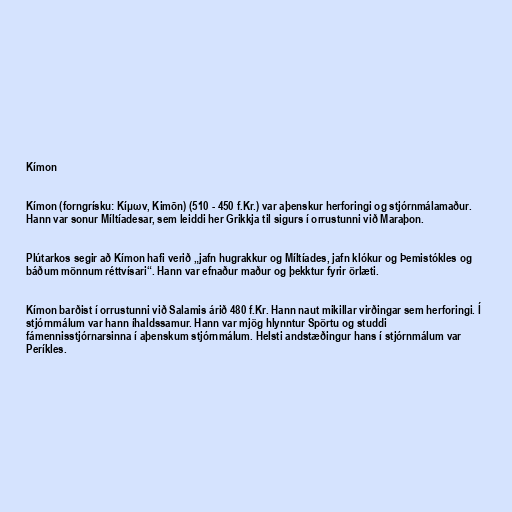
Kímon

Kímon (forngrísku: Κίμων, Kimōn) (510 - 450 f.Kr.) var aþenskur herforingi og stjórnmálamaður.
Hann var sonur Míltíadesar, sem leiddi her Grikkja til sigurs í orrustunni við Maraþon.

Plútarkos segir að Kímon hafi verið „jafn hugrakkur og Míltíades, jafn klókur og Þemistókles og
báðum mönnum réttvísari“. Hann var efnaður maður og þekktur fyrir örlæti.

Kímon barðist í orrustunni við Salamis árið 480 f.Kr. Hann naut mikillar virðingar sem herforingi. Í
stjórnmálum var hann íhaldssamur. Hann var mjög hlynntur Spörtu og studdi
fámennisstjórnarsinna í aþenskum stjórnmálum. Helsti andstæðingur hans í stjórnmálum var
Períkles.